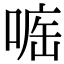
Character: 𠷄